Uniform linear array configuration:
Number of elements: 48
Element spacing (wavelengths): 0.75
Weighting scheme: hann
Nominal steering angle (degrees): -45
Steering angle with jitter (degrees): -43.368
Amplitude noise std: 0.05
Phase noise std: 0.05

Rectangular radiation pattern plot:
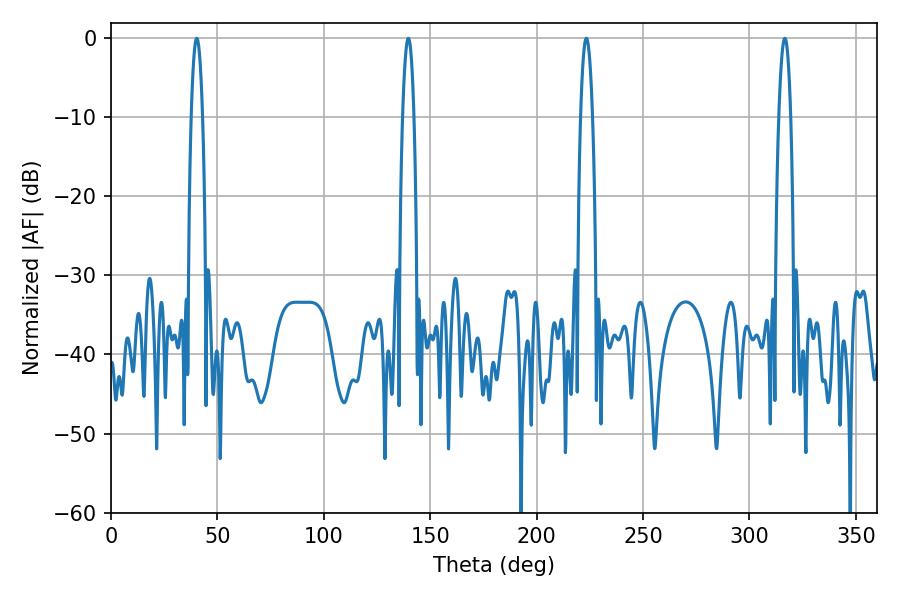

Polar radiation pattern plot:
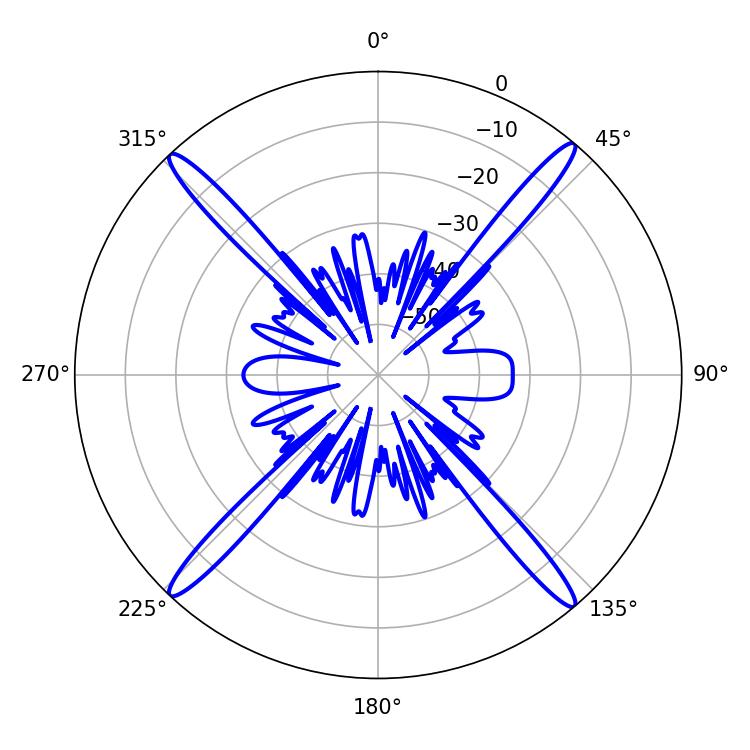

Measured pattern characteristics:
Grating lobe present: TRUE
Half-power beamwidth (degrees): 3.06
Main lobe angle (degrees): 223.38